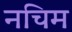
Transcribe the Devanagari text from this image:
नचिम